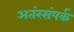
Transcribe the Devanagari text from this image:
अतंरसंपर्क